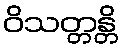
ဝိသတ္တန္တိ